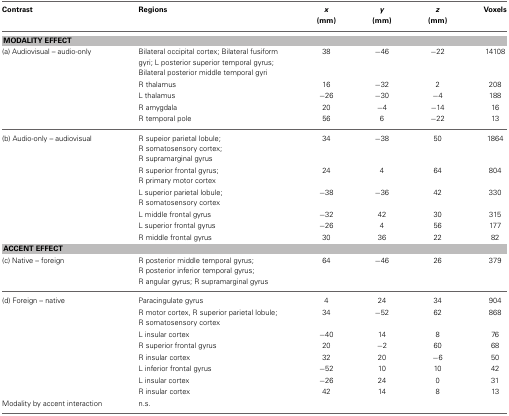
| Contrast | Regions | x (mm) | y (mm) | z (mm) | Voxels |
 | --- | --- | --- | --- | --- | --- |
 | <COLSPAN=6> MODALITY EFFECT |
 | (a) Audiovisual – audio-only | Bilateral occipital cortex; Bilateral fusiform gyri; L posterior superior temporal gyrus; Bilateral posterior middle temporal gyri | 38 | −46 | −22 | 14108 |
 |  | R thalamus | 16 | −32 | 2 | 208 |
 |  | L thalamus | −26 | −30 | −4 | 188 |
 |  | R amygdala | 20 | −4 | −14 | 16 |
 |  | R temporal pole | 56 | 6 | −22 | 13 |
 | (b) Audio-only – audiovisual | R supeior parietal lobule; R somatosensory cortex; R supramarginal gyrus | 34 | −38 | 50 | 1864 |
 |  | R superior frontal gyrus; R primary motor cortex | 24 | 4 | 64 | 804 |
 |  | L superior parietal lobule; R somatosensory cortex | −38 | −36 | 42 | 330 |
 |  | L middle frontal gyrus | −32 | 42 | 30 | 315 |
 |  | L superior frontal gyrus | −26 | 4 | 56 | 177 |
 |  | R middle frontal gyrus | 30 | 36 | 22 | 82 |
 | <COLSPAN=6> ACCENT EFFECT |
 | (c) Native – foreign | R posterior middle temporal gyrus; R posterior inferior temporal gyrus; R angular gyrus; R supramarginal gyrus | 64 | −46 | 26 | 379 |
 | (d) Foreign – native | Paracingulate gyrus | 4 | 24 | 34 | 904 |
 |  | R motor cortex, R superior parietal lobule; R somatosensory cortex | 34 | −52 | 62 | 868 |
 |  | L insular cortex | −40 | 14 | 8 | 76 |
 |  | R superior frontal gyrus | 20 | −2 | 60 | 68 |
 |  | R insular cortex | 32 | 20 | −6 | 50 |
 |  | L inferior frontal gyrus | −52 | 10 | 10 | 42 |
 |  | L insular cortex | −26 | 24 | 0 | 31 |
 |  | R insular cortex | 42 | 14 | 8 | 13 |
 | Modality by accent interaction | n.s. |  |  |  |  |